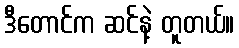
ဒီတောင်က ဆင်နဲ့ တူတယ်။